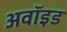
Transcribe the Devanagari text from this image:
अवॉइड